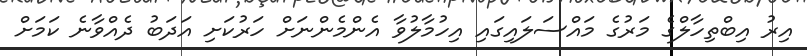
އިރު އިބްތިހާލްގެ މަރުގެ މައްސަލައިގައި އިހުމާލުވާ އެންމެންނަށް ހަރުކަށި އަދަބު ދެއްވާނެ ކަމަށް